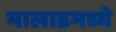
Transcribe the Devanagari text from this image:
मालाडमध्ये